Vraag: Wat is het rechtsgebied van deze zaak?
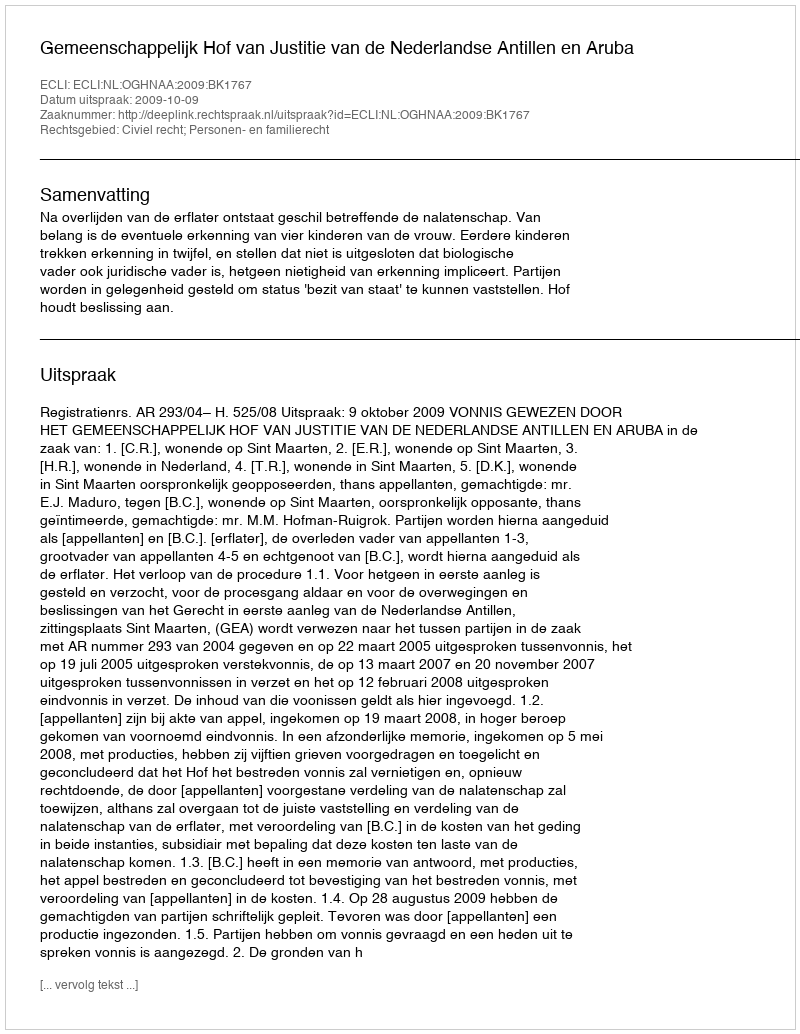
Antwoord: Civiel recht; Personen- en familierecht